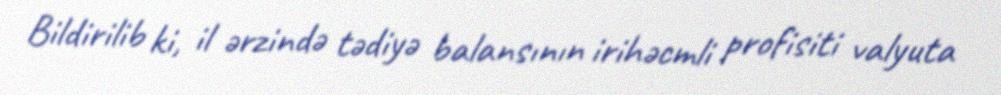
Bildirilib ki, il ərzində tədiyə balansının irihəcmli profisiti valyuta